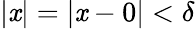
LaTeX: |\mathit{x}|=|\mathit{x}-0|<\delta